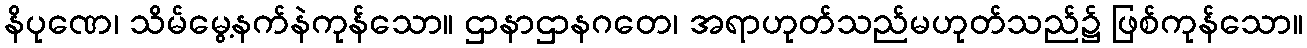
နိပုဏေ၊ သိမ်မွေ့နက်နဲကုန်သော။ ဌာနာဌာနဂတေ၊ အရာဟုတ်သည်မဟုတ်သည်၌ ဖြစ်ကုန်သော။